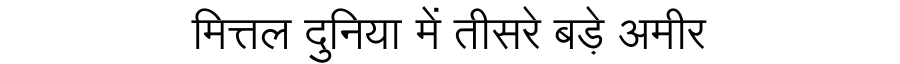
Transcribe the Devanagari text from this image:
मित्तल दुनिया में तीसरे बड़े अमीर